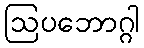
ဩပဘောဂ္ဂါ